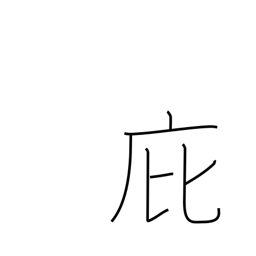
Meaning: penthouse